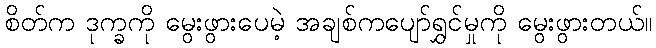
စိတ်က ဒုက္ခကို မွေးဖွားပေမဲ့ အချစ်ကပျော်ရွှင်မှုကို မွေးဖွားတယ်။